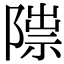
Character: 𨻍